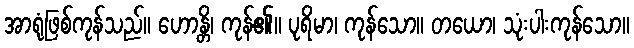
အာရုံဖြစ်ကုန်သည်။ ဟောန္တိ၊ ကုန်၏။ ပုရိမာ၊ ကုန်သော။ တယော၊ သုံးပါးကုန်သော။